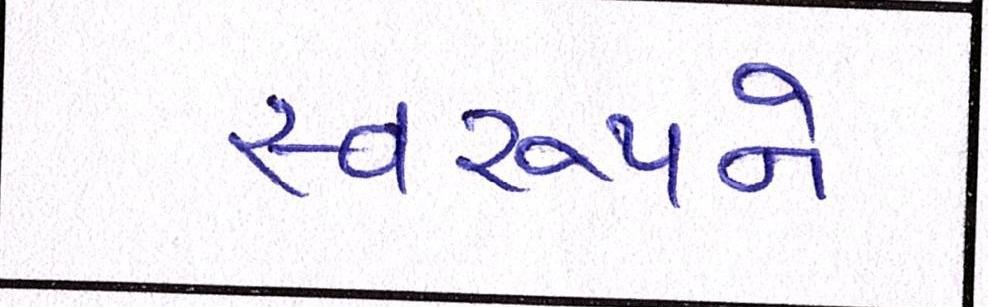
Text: સ્વરૂપને